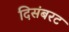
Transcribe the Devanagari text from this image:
दिसंबरट